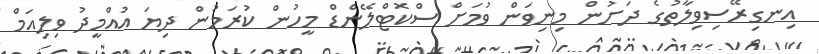
އިނގިރޭސިވިލާތުގެ ދަށުން މިނިވަން ވުމަށް ސްކޮޓްލޭންޑް މީހުން ކުރަމުން ދިޔަ އުއްމީދު ވިލިއަމް